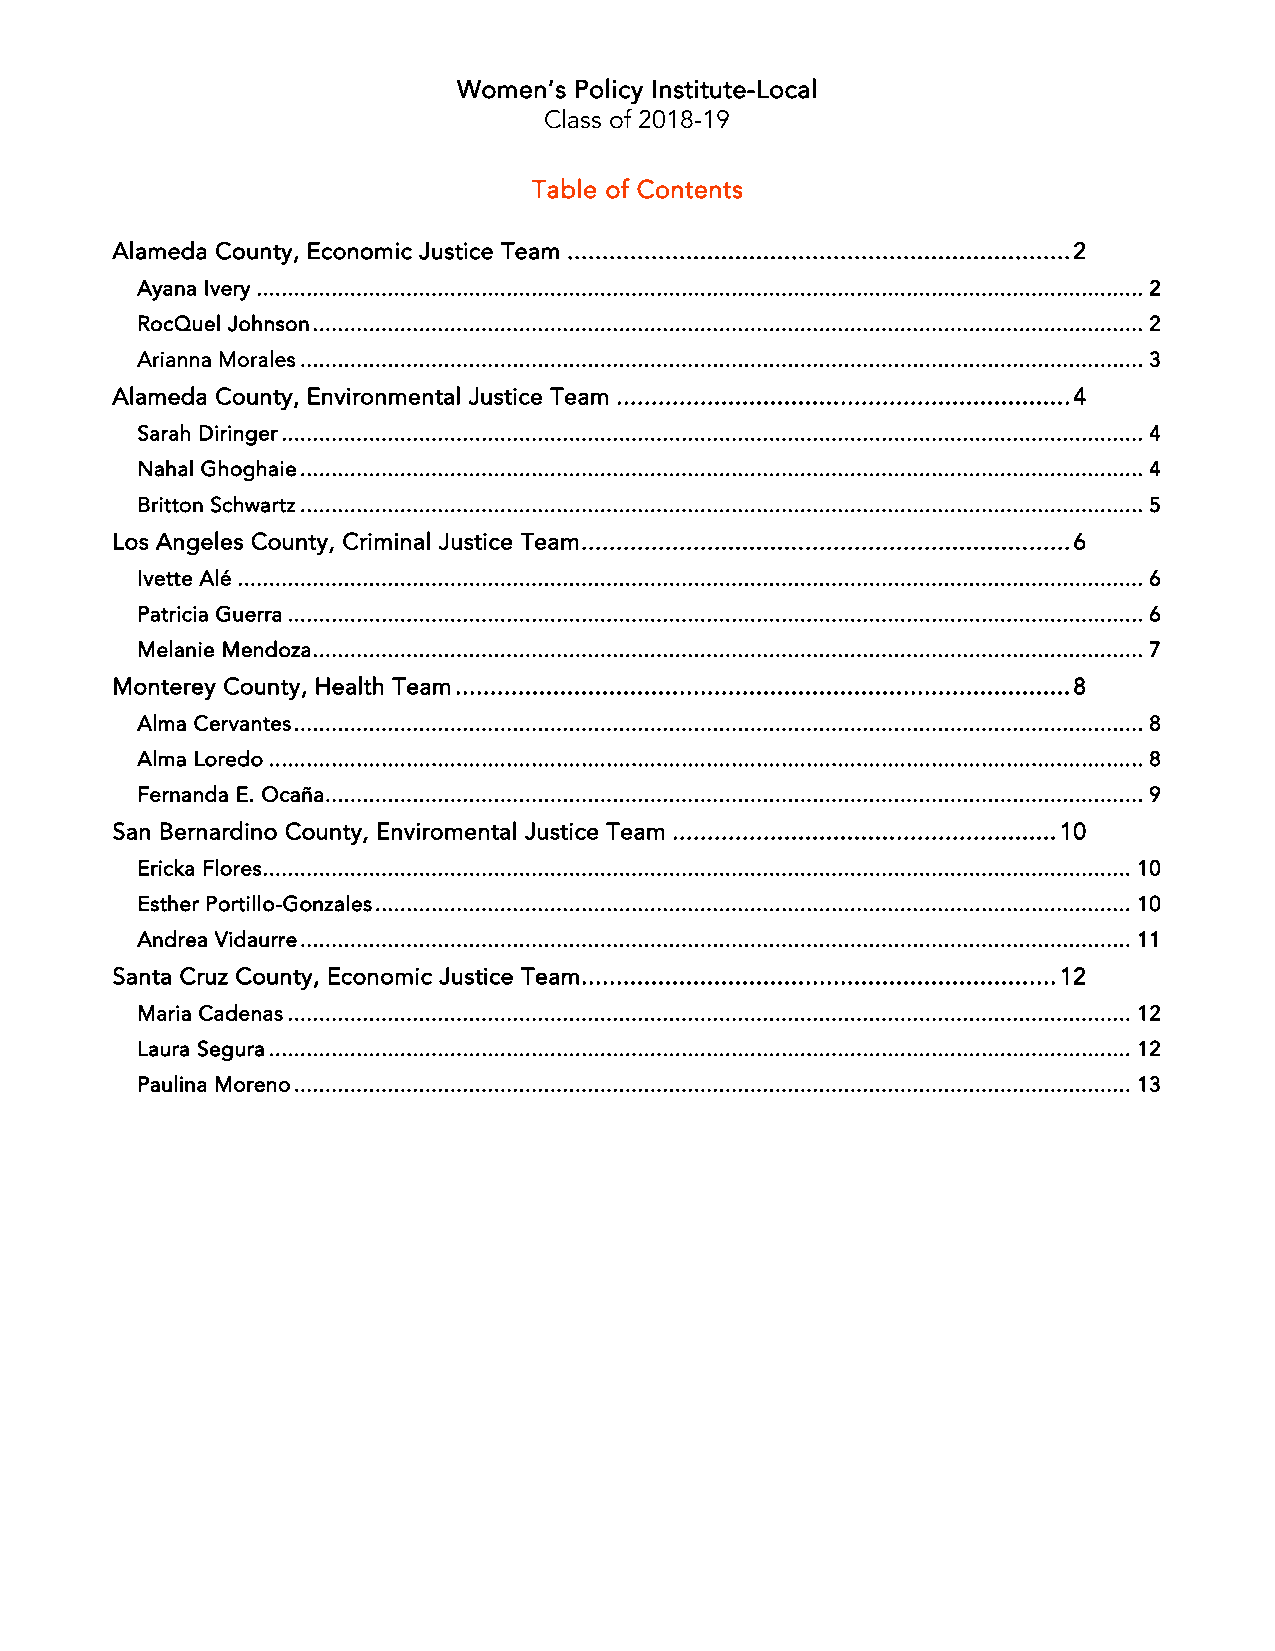
Women’s Policy Institute-Local
 Class of 2018-19
 Table of Contents
 Alameda County, Economic Justice Team ........................................................................ 2
 Ayana Ivery .............................................................................................................................................. 2
 RocQuel Johnson ..................................................................................................................................... 2
 Arianna Morales ....................................................................................................................................... 3
 Alameda County, Environmental Justice Team ................................................................. 4
 Sarah Diringer .......................................................................................................................................... 4
 Nahal Ghoghaie ....................................................................................................................................... 4
 Britton Schwartz ....................................................................................................................................... 5
 Los Angeles County, Criminal Justice Team ...................................................................... 6
 Ivette Alé ................................................................................................................................................. 6
 Patricia Guerra ......................................................................................................................................... 6
 Melanie Mendoza ..................................................................................................................................... 7
 Monterey County, Health Team ........................................................................................ 8
 Alma Cervantes ........................................................................................................................................ 8
 Alma Loredo ............................................................................................................................................ 8
 Fernanda E. Ocaña................................................................................................................................... 9
 San Bernardino County, Enviromental Justice Team ....................................................... 10
 Ericka Flores ........................................................................................................................................... 10
 Esther Portillo-Gonzales ......................................................................................................................... 10
 Andrea Vidaurre ..................................................................................................................................... 11
 Santa Cruz County, Economic Justice Team .................................................................... 12
 Maria Cadenas ....................................................................................................................................... 12
 Laura Segura .......................................................................................................................................... 12
 Paulina Moreno ...................................................................................................................................... 13